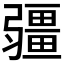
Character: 𭛌